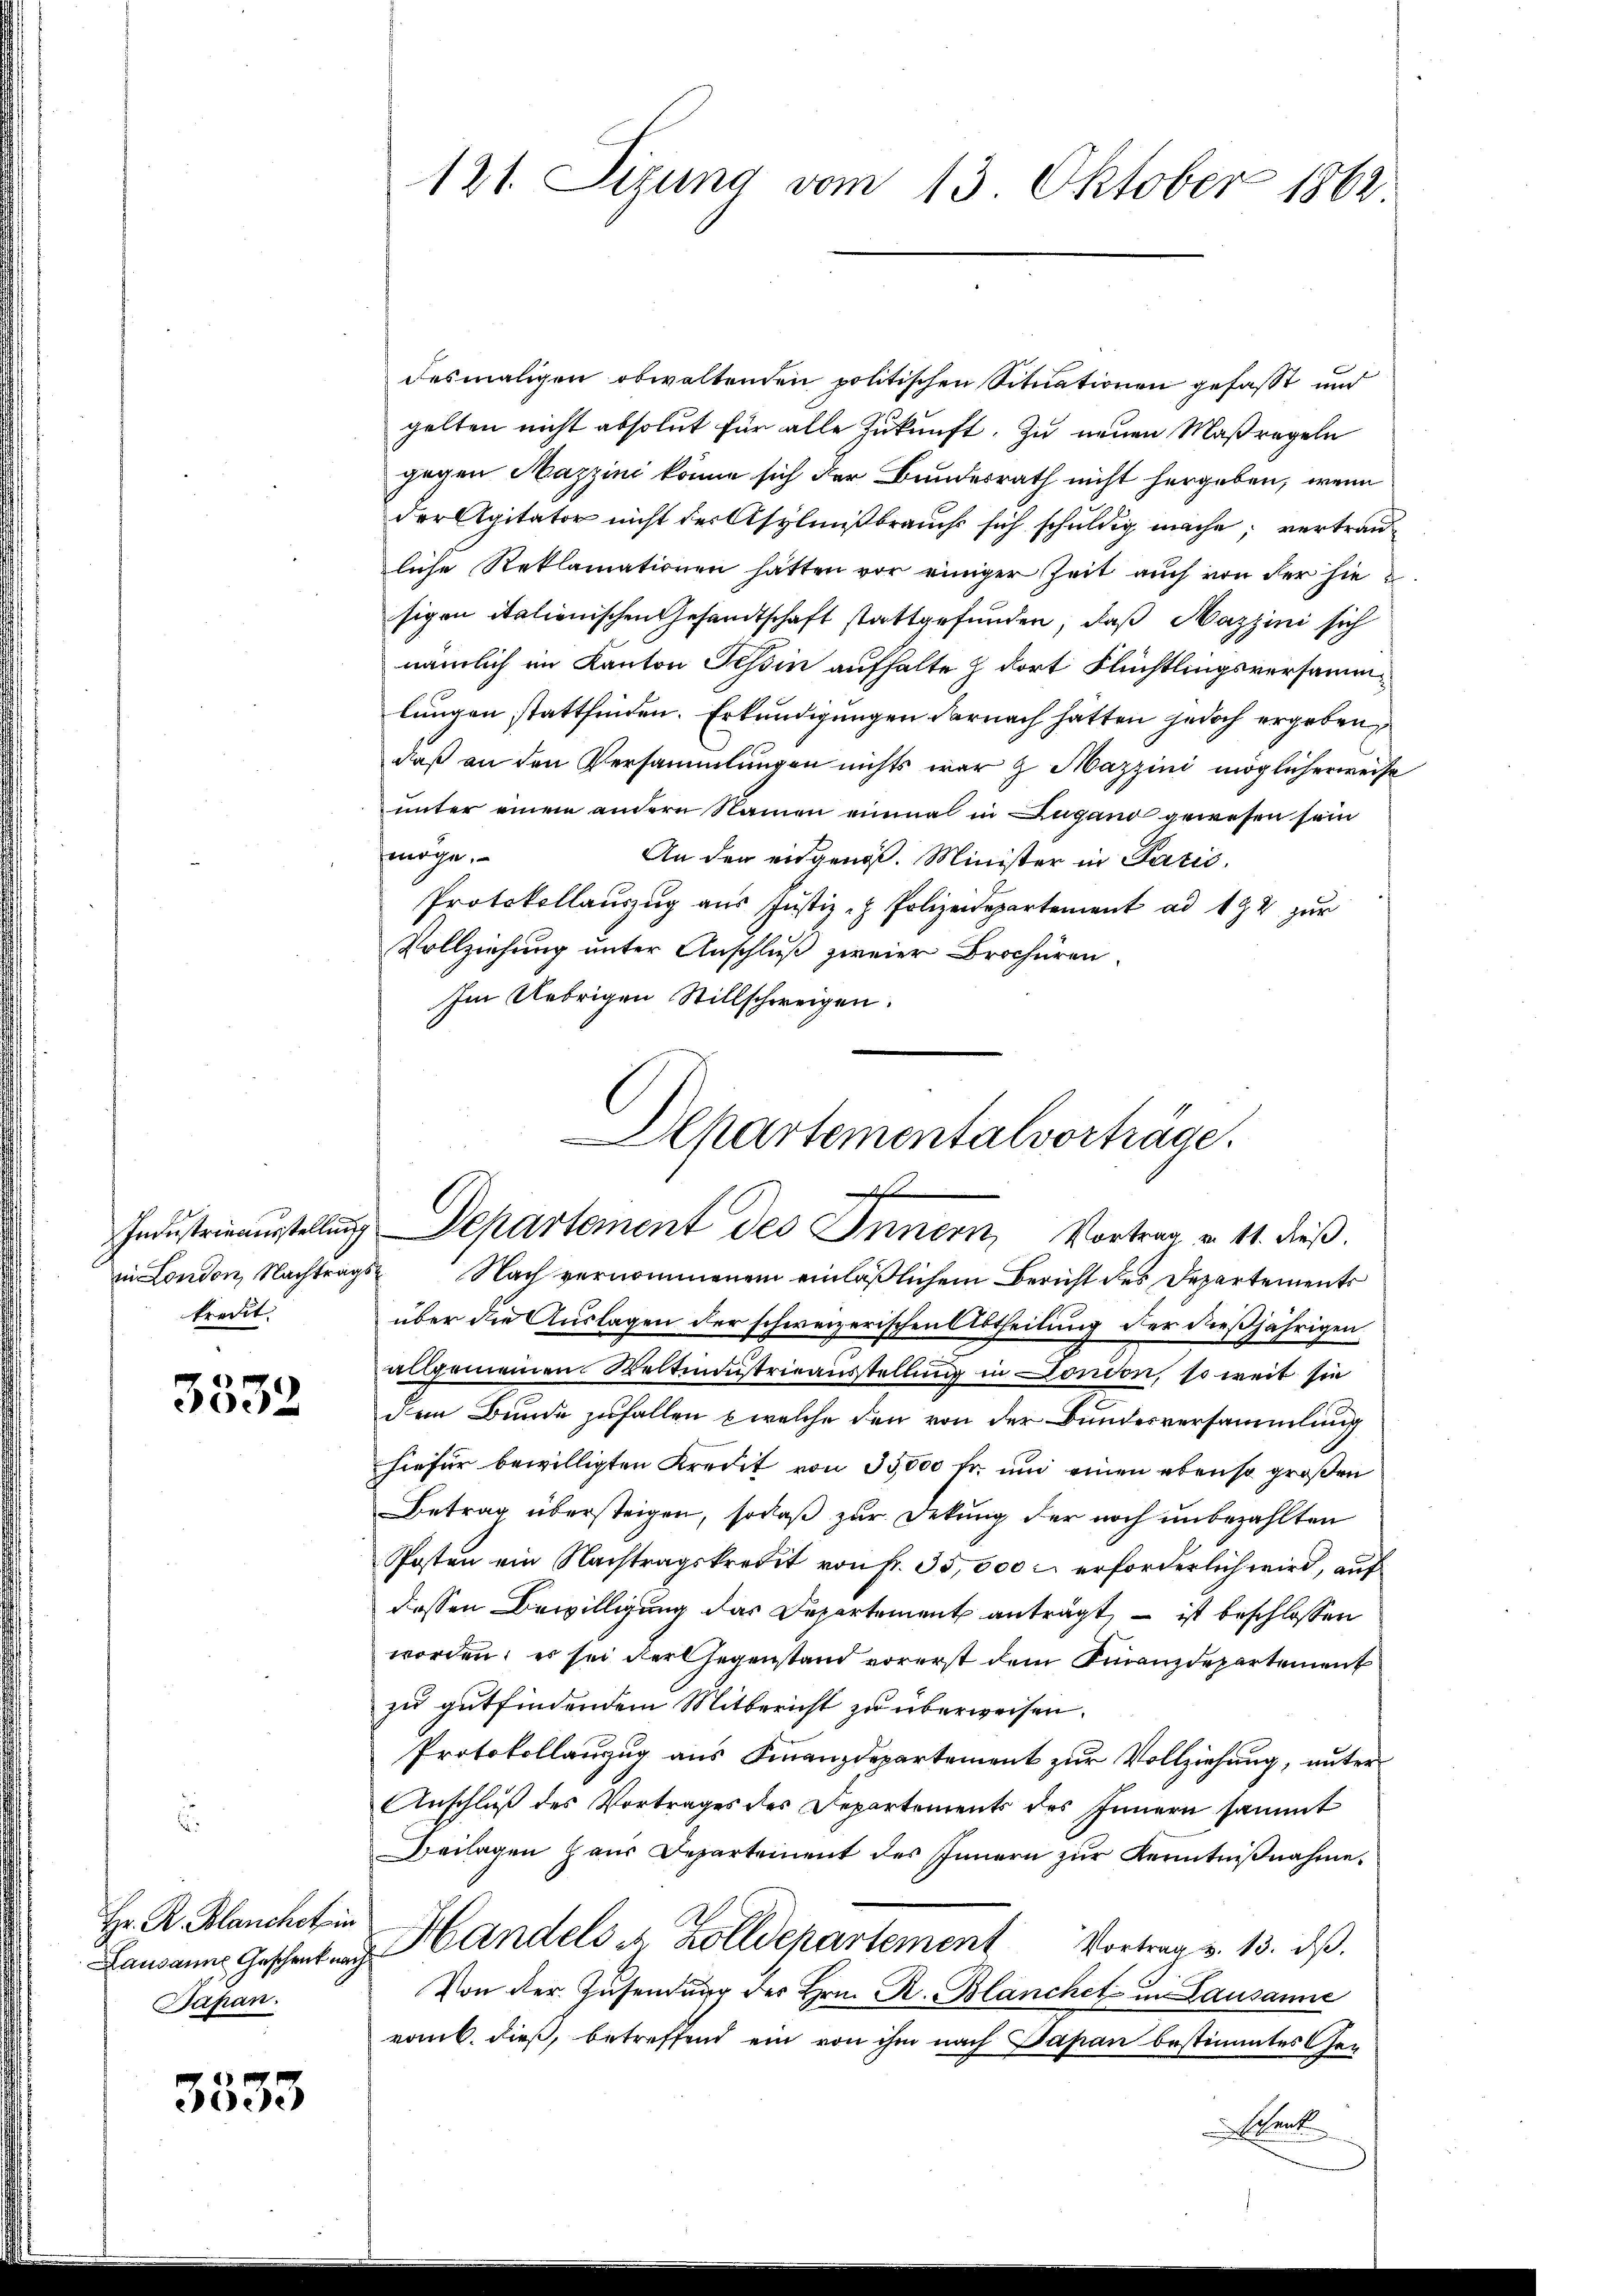
kredit.

3332

Hr. R. Blanchet in
Bapan.

3333

in London, Nachtrags Nach vernommenem einläßlichem Bericht des Departements
über die Auslagen der schweizerischen Abtheilung der dießjährigen
allgemeinen Weltindustrieausstellung in London, so weit sie
dem Bunde zufallen welche den von der Bundesversammlung
hiefür bewilligten Kredit von 35000 fr. und einen ebenso großen
Betrag übersteigen, sodaß zur Dekung der noch unbezahlten
Posten ein Nachtragskredit von fr. 35,000 erforderlich wird, auf
dessen Bewilligung das Departement anträgt, – ist beschlossen
worden; es sei der Gegenstand vorerst dem Finanzdepartement
zu gutfindendem Mitbericht zu überweisen.
Protokollanzug aus Finanzdepartement zur Vollziehung, unter
Anschluß des Vortrages des Departements des Innern sammt
Beilagen haus Departement des Innern zŭr Kenntniβnahme.
Lausanne Geschenkung Handels u. Zolldepartement Vortrag v. 13. dβ.
Von der Zusendung des Hrn. R. Blanchet in Lausanne
vom 6. dieß, betreffend ein von ihm nach Papan bestimmtes Getrat

121. Sizung vom 13. Oktober 1862.

desmaligen obwaltenden politischen Situationen gefasst und
gelten nicht absolut für alle Zukunft. Zu neuen Maßregeln
gegen Mazzini könne sich der Bundesrath nicht hergeben, wenn
der Agitator nicht der Asylnißbrauchs sich schuldig mache; vertrauliche Reklamationen hätten vor einiger Zeit aŭch von der hie
sigen italienischen Gesandtschaft stattgefunden, daß Mazzini sich
nämlich im Kanton Tessin aufhalte z dort Flüchtlingsversammlungen stattfinden. Erkundigungen darnach hätten jedoch ergeben,
daß an den Versammlungen nichts war & Mazzini möglicherweise
unter einem andern Namen einmal in Lugano gewesen sein
öge.
An den eidgenöß. Minister in Parić,
Protokollaŭszŭg aŭs Jŭstiz- & Polizeidepartement ad 192 zur
Vollziehung unter Anschluβ zweier Brochüren.
Im Uebrigen Stillschweigen.

epartementalvorträge.
f
Industrieausstellung Departement des Innern, Vortrag u. 11. dieβ.